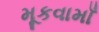
મૂકવામાઁ